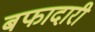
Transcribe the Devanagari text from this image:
बफादारी